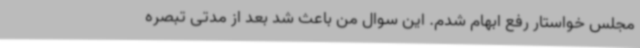
مجلس خواستار رفع ابهام شدم. این سوال من باعث شد بعد از مدتی تبصره